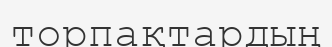
торпақтардың